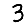
Digit: 3